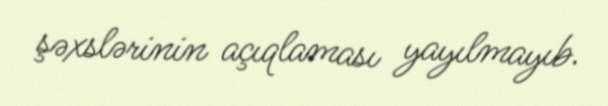
şəxslərinin açıqlaması yayılmayıb.